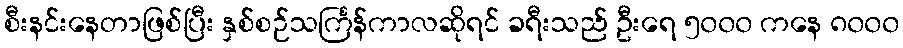
စီးနင်းနေတာဖြစ်ပြီး နှစ်စဉ်သင်္ကြန်ကာလဆိုရင် ခရီးသည် ဦးရေ ၅၀၀၀ ကနေ ၈၀၀၀